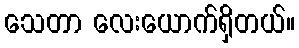
သေတာ လေးယောက်ရှိတယ်။